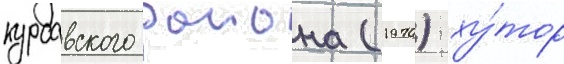
курсавского раиона (1970) ху́тор